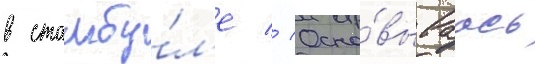
в стамбу́л'е // Осно́вываась